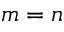
m = n